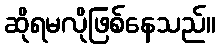
ဆိုရမလိုဖြစ်နေသည်။